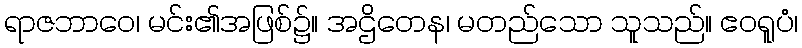
ရာဇဘာဝေ၊ မင်း၏အဖြစ်၌။ အဌိတေန၊ မတည်သော သူသည်။ ဧဝရူပံ၊